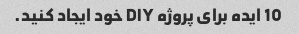
10 ایده برای پروژه DIY خود ایجاد کنید.